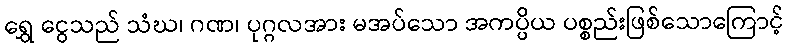
ရွှေ ငွေသည် သံဃ၊ ဂဏ၊ ပုဂ္ဂလအား မအပ်သော အကပ္ပိယ ပစ္စည်းဖြစ်သောကြောင့်